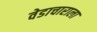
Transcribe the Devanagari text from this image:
वेडाचाराला